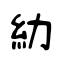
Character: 糼